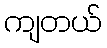
ကျတယ်